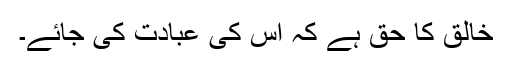
خالق کا حق ہے کہ اس کی عبادت کی جائے۔